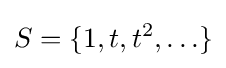
S=\{1,t,t^{2},\ldots \}